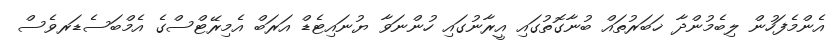
އެންމެފަހުން ލިބެމުންދާ ޚަބަރުތައް ބުނާގޮތުގައި އީރާނުގައި ހުންނަވާ ޔުނައިޓެޑް އަރަބް އެމިރޭޓްސްގެ އެމްބަސެޑަރވެސް